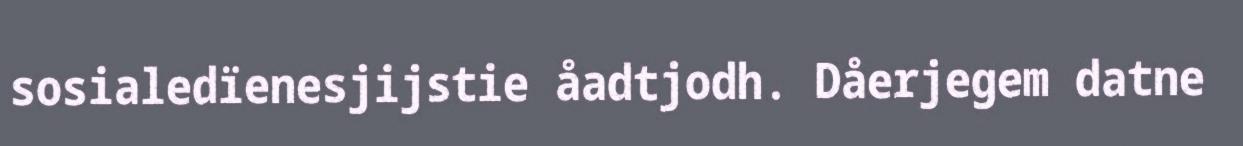
sosialedïenesjijstie åadtjodh. Dåerjegem datne